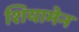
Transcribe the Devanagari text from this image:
शियामेन